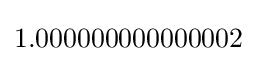
1.000000000000002